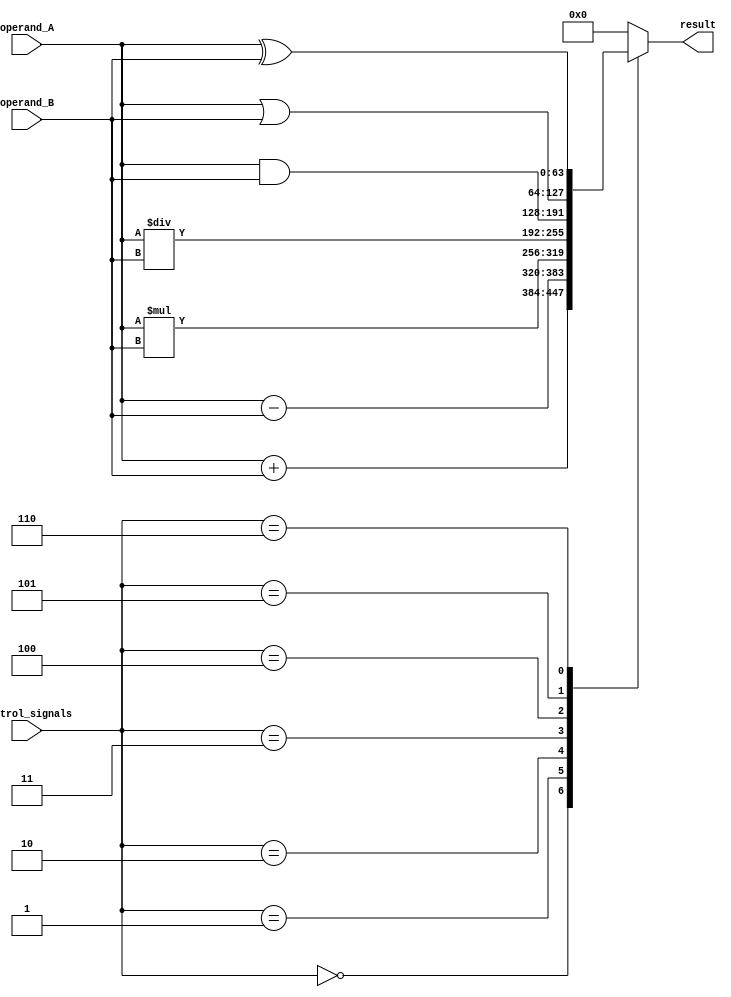
module ALU_64bit (
    input [63:0] operand_A,
    input [63:0] operand_B,
    input [2:0] control_signals,
    output reg [63:0] result
);

always @(*) begin
    case(control_signals)
        3'b000: result = operand_A + operand_B; // addition
        3'b001: result = operand_A - operand_B; // subtraction
        3'b010: result = operand_A * operand_B; // multiplication
        3'b011: result = operand_A / operand_B; // division
        3'b100: result = operand_A & operand_B; // AND
        3'b101: result = operand_A | operand_B; // OR
        3'b110: result = operand_A ^ operand_B; // XOR
        default: result = 64'b0; // default value
    endcase
end

endmodule